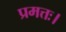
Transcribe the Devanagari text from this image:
प्रमत्तः।